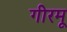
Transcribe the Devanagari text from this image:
गीरमू